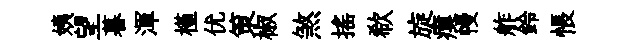
姨望暮渾槿优策椒煞揺欷旋瘼幔舴鈴悵